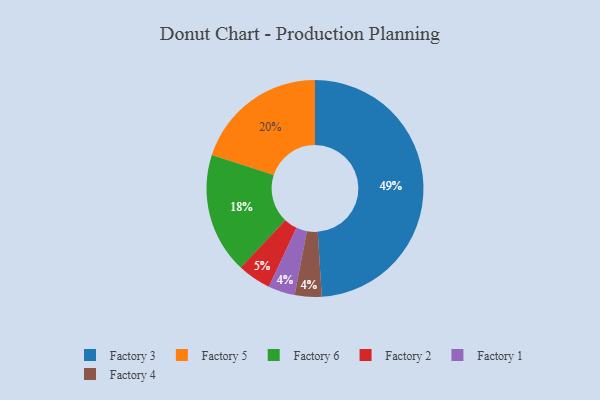
{"axis": {"x": "Category", "y": "Percentage"}, "legend": ["Factory 1", "Factory 2", "Factory 3", "Factory 4", "Factory 5", "Factory 6"], "data": [{"x": "Factory 1", "y": 4, "type": "Factory 1"}, {"x": "Factory 3", "y": 49, "type": "Factory 3"}, {"x": "Factory 2", "y": 5, "type": "Factory 2"}, {"x": "Factory 4", "y": 4, "type": "Factory 4"}, {"x": "Factory 6", "y": 18, "type": "Factory 6"}, {"x": "Factory 5", "y": 20, "type": "Factory 5"}]}